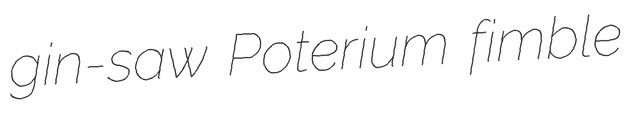
gin-saw Poterium fimble